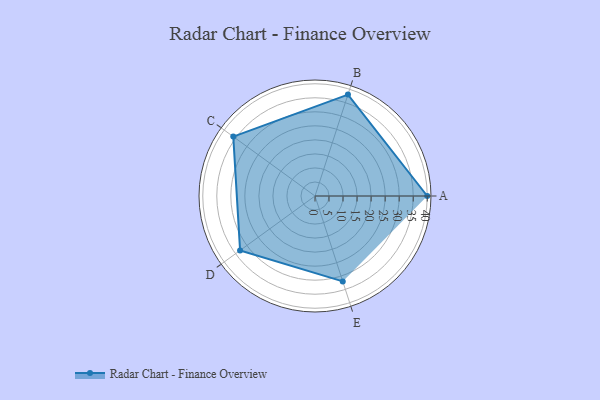
{"axis": {"x": "Skill", "y": "Score"}, "legend": ["Profile"], "data": [{"x": "A", "y": 40.0, "type": "Profile"}, {"x": "B", "y": 38.0, "type": "Profile"}, {"x": "C", "y": 36.0, "type": "Profile"}, {"x": "D", "y": 33.0, "type": "Profile"}, {"x": "E", "y": 32.0, "type": "Profile"}]}